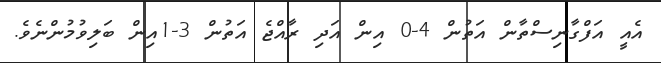
އެއީ އަފްގާނިސްތާން އަތުން 4-0 އިން އަދި ރާއްޖެ އަތުން 3-1އިން ބަލިވުމުންނެވެ.